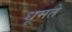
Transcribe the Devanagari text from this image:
धूमते